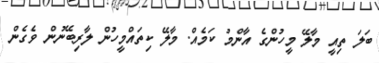
ބަލަ ތިއީ މާލޭ މީހުންގެ އާންމު ކަމެއް. މާލޭ ކިތައްމީހުން ލާރިބޭނުން ވެގެން